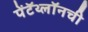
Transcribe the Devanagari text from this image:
पेंटॅथ्लॉनची